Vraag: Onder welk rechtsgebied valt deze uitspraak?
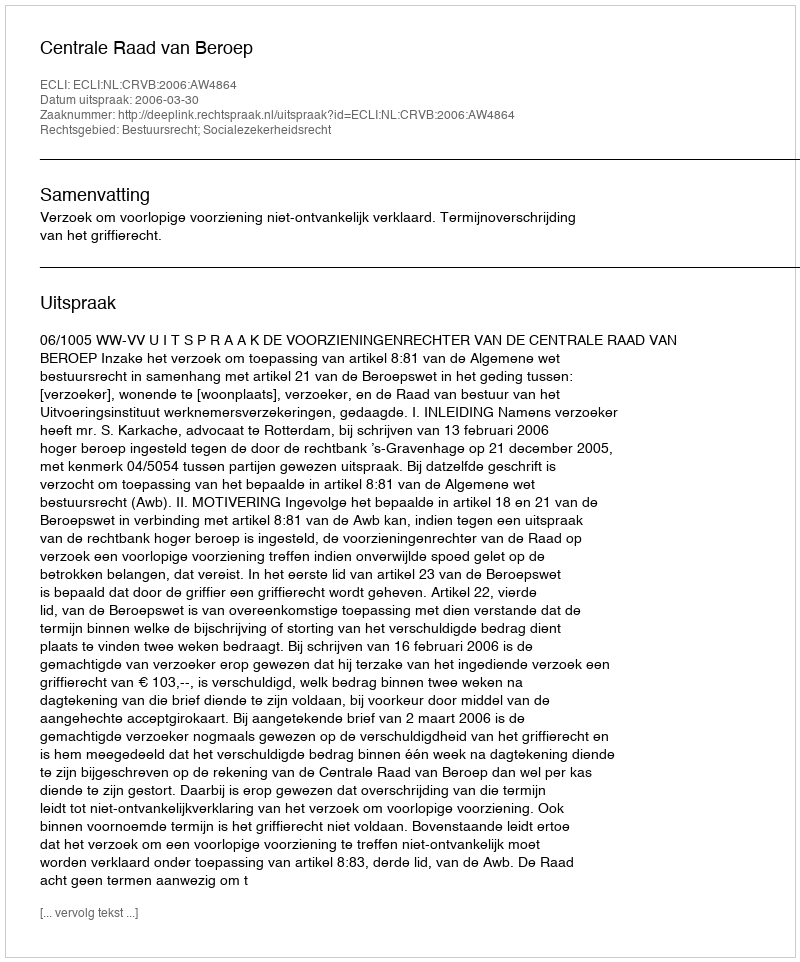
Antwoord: Bestuursrecht; Socialezekerheidsrecht